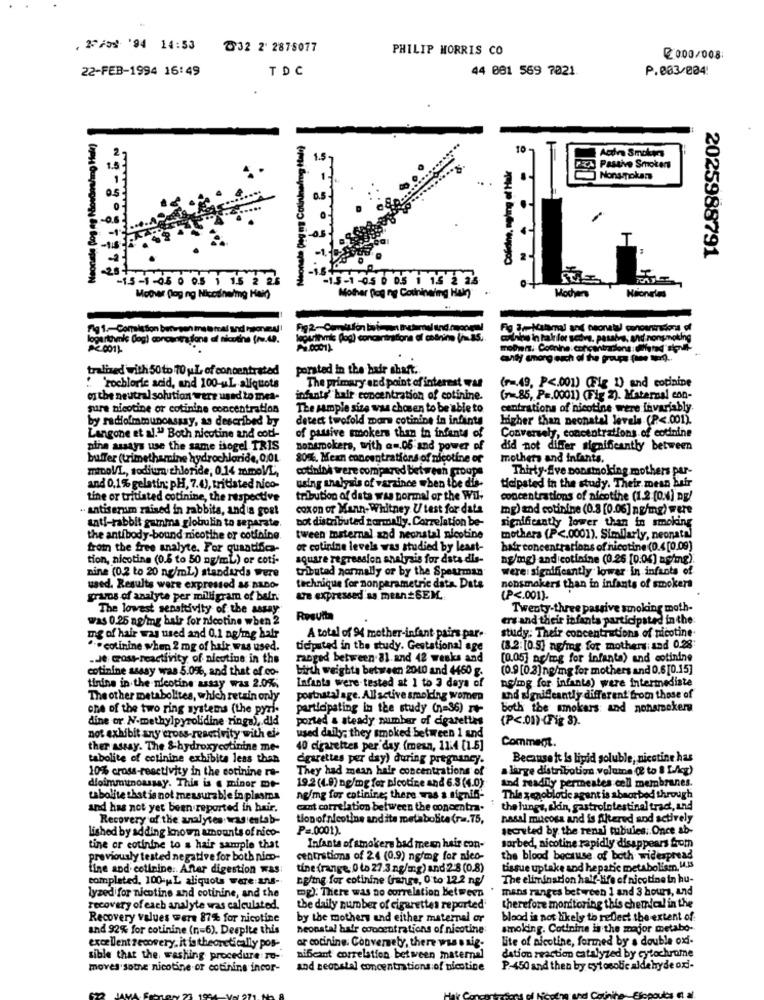
. 2249% '94 14:53
832 2' 2875077
PHILIP MORRIS CO
₡0.00/008:
22-FEB-1994 16:49
TDC
44 081 569 7021
P.003/004:
Neonate (og ag Noudos/mg Held)
Neonata Deg ns Colinineling Itali)
10
Passive Smokers
Nonsonokans
-
2025988791
15-1-05 0 05 : 15 2 25
-15-1 -05 0 0.5 1 15 2 25
Mother flog ng Nicosneimg Hang
Mother Rog ny Cochinaing Har
Wochen
Fg 1 .- Commission butson ina @ mal and honey!
Fig 2-Comtsfon bo iment @returnel ind.roo
Fig 3.Malsmal and neonatal conour
logarithmic (og) concentrations of nicotine fru.49.
eğitrinmit (og) concentrations of obinin (na5 ..
mothers. Coonine: concontractions :
candy among auch of the groupe
tralized with 50 to 70 y.L. of concentrated
porsted in the hair shaft.
The primary end point of interest was
(r =. 49, P <. 001) (Fig 1) and cotinine
: 'rochloric acid, and 100-uL aliquots
on the neutral solution were used to mea-
infants' hair concentration of cotinine.
(785, P =. 0001) (Fig 2). Maternal con-
sure nicotine or cotinine concentration
The sample size was chosen to be able to.
centrations of nicotine were invariably
by radioimmunoassay, as described by
detect twofold mars cotinine in infants
Higher than neonatal levels (P <. 001).
Langone et al." Both nicotine and cod-
of passive smokers than in infants of
Conversely, concentrations of codnine
nine assays use the same isogel TRIS
nonsmokers, with a -. 06 and power of
did not differ significantly between
buffer (trimethamine hydrochloride, 0,0L
80%. Mean concentrations of nicotine of
mothers and infants.
minol/L, sodium chloride, 0.14 mmoVL,
cotininà were compared between groups
Thirty-Sve nonsmoking mothers per-
and 0,1% gelatin; pH, 7.4), tritiated nico-
using analysis of varzince when the dis-
Helpsted in the study. Their mean buir
tine or tritisted cotinine, the respective
tribution of data was normal or the Wil-
concentrations of nicotine (1.2 (0.4) ng/
. antiserum raised in rabbita, andia gost
coxon of Mann- Whitney U test for data
mg) and cotinine (0.8 [0.06] ng/mg) were
bot distributed normally. Correlation be-
significantly lower than in smoking
anti-rabbit gamma globulin to separate.
the antibody-bound nicotine or cotining
tween maternal and neonatal nicotine
mothers (P <. 0001). Similarly, neonatal
from the free analyte. For quantifica-
or cotinine levels was studied by least-
hair concentrations of nicotine (0.4 [0.09)
tion, nicotina (0.6 to 50 ng/ml) or coti-
square regression analysis for data dis-
ng/mg) and cotinine (0.26 [0.04] ng/mg).
nine (0.2 to 20 ng/ml) standards were
tributed normally or by the Spearman
were: significantly lower in infants of
used. Results were expressed a4 ALDO-
technique for nonparametric data. Dats
nonsmokers than in infants of smokers
gramos of analyte per miligram of bair
are expressed as mean# SEM.
(P <. 001).
The lowest sensitivity of the assay
Twenty-three passive smoking moth-
was 0.25 ng/mg bair for nicotine when 2
ers and their infants participated in the
mg of hair was used and 0.1 ag/mg hair
A total of 94 mother-infant pairs par.
study: Their concentrations of nicotine
... cotinine when 2 mg of hair was used.
ticiputed in the study. Gestational age
(8.2:[0.5] agfog for mothers; and 0.28
.Je Gost-reactivity of nicotine in the
ranged between 81 and 42 weeks and
[0.05] ag/mg for infanta) and cotinine
cotinine ssssy was 5.0%, and that of co-
birth weights between 2010 and 4450 g.
(0.9 [0.3] np/mg for mothers and 0.6[0.15]
tinine in the nicotine assay was 2.0%.
Infants were-tested at 1 to 3 days of
nelmg for infants) were intermediate
The other metabolites, which retain only
postnatal age. All active smoking women
and significantly different from those of
one of the two ring systems (the pyri-
participating in the study (n=36) -
both the smokers: and nonsmoker
dine or N-methylpyrolidine rings), did
ported a steady number of cigarettes
(P <. 01) (Fig 3).
not exhibit any cross-reserivity with ei-
used daily; they smoked between 1 and
ther assay. The &-hydroxycotinine me-
40 cigarettes per day (mean, 11:4 [1.5]
Commem.
tabolite of cotinine exhibita less than
cigarettes per day) during pregnancy.
Because it is lipid soluble, nicotine has
10% cross-reactivity in the cotinine ra-
They had mean hair concentrations of
a large distribution volume ( to 8 [./cg)
dloimmunoassay. This is a minor mt-
19.2(4.9) ng/mg for nicotine and 6.8 (4.0)
and readily permeates cell membranes.
uabolite that is not measurable in plasma
ng/mg for cotinine; there was a.signin-
Thie xenoblode agent is absorbed through
and has not yet been reported in hair.
cant correlation between the concentra.
the lungs, skin, gastrointestinal tract, and
Recovery of the analyses was entab-
tion of nicotine and its metabolite (rm.75,
nasal mitcosa and is filtered and actively
Lished by adding known amounts of nico-
P =. 0001).
secreted by the renai tubules: Once ab-
tine or cotinine to a hair sample that
Infanta of smokers bad mean hair con-
sorbed, nicotine rapidly disappears from
previously tested negative for both nico-
centrations of 24 (0.9) ng/mg for nico-
the blood because of both widespread
fine and cotinine :. After digestion was
tine (range 0 to 27.3 ng/mg) and 2-8 (0.8)
tissue uptake and hepatic metabolismn. 14.13
completed. 100-HL aliquots were:ans-
Egling for cotinine (janes, 0 to 12.2 ng/
The elimination half-life of nicotine in hu-
mans ranges between 1 and 3 hours, and
lyzed for nicotine and cotinine, and the
mg): There was no correlation between
recovery of each analyte was calculated.
the daily number of cigarettes reported
therefore monitoring this chemical in the
Recovery values were 87% for nicotine
by the mothers and either maternal or
blood is not likely to reflect the extent of
and 92% for cotinine (n=6). Despite this
neonatal hair concentrations of nicotine
smoking. Cotinine is the major metabo-
lite of nicotine, formed by a double oxi-
excellent recovery. it is theoretically pos -.
ar cocinine. Conversely, there was a sig-
dation reaction catalyzed by cytochrome
sible that the washing procedure ro-
nifcant correlation between maternal
moves sothe nicotine.or cotanins incor-
and seopstel concentrations of nicotine
P.450 and then by cytosobie aldehyde ori-